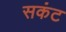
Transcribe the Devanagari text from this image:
सकंट